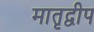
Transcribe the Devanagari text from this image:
मातृद्वीप